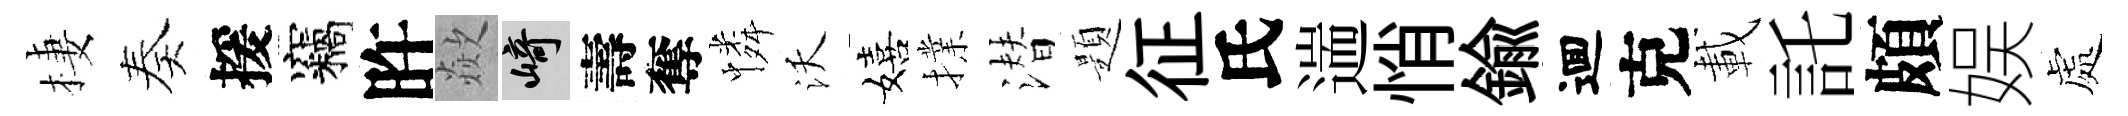
棲奏援竊旿歘崎壽奪憐沃嬉擈潜題征氏遄悄鍮逥克載託頗娱處